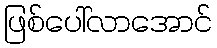
ဖြစ်ပေါ်လာအောင်